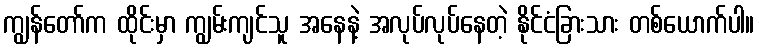
ကျွန်တော်က ထိုင်းမှာ ကျွမ်းကျင်သူ အနေနဲ့ အလုပ်လုပ်နေတဲ့ နိုင်ငံခြားသား တစ်ယောက်ပါ။